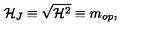
{ \cal H } _ { J } \equiv \sqrt { { \cal H } ^ { 2 } } \equiv m _ { o p } ,